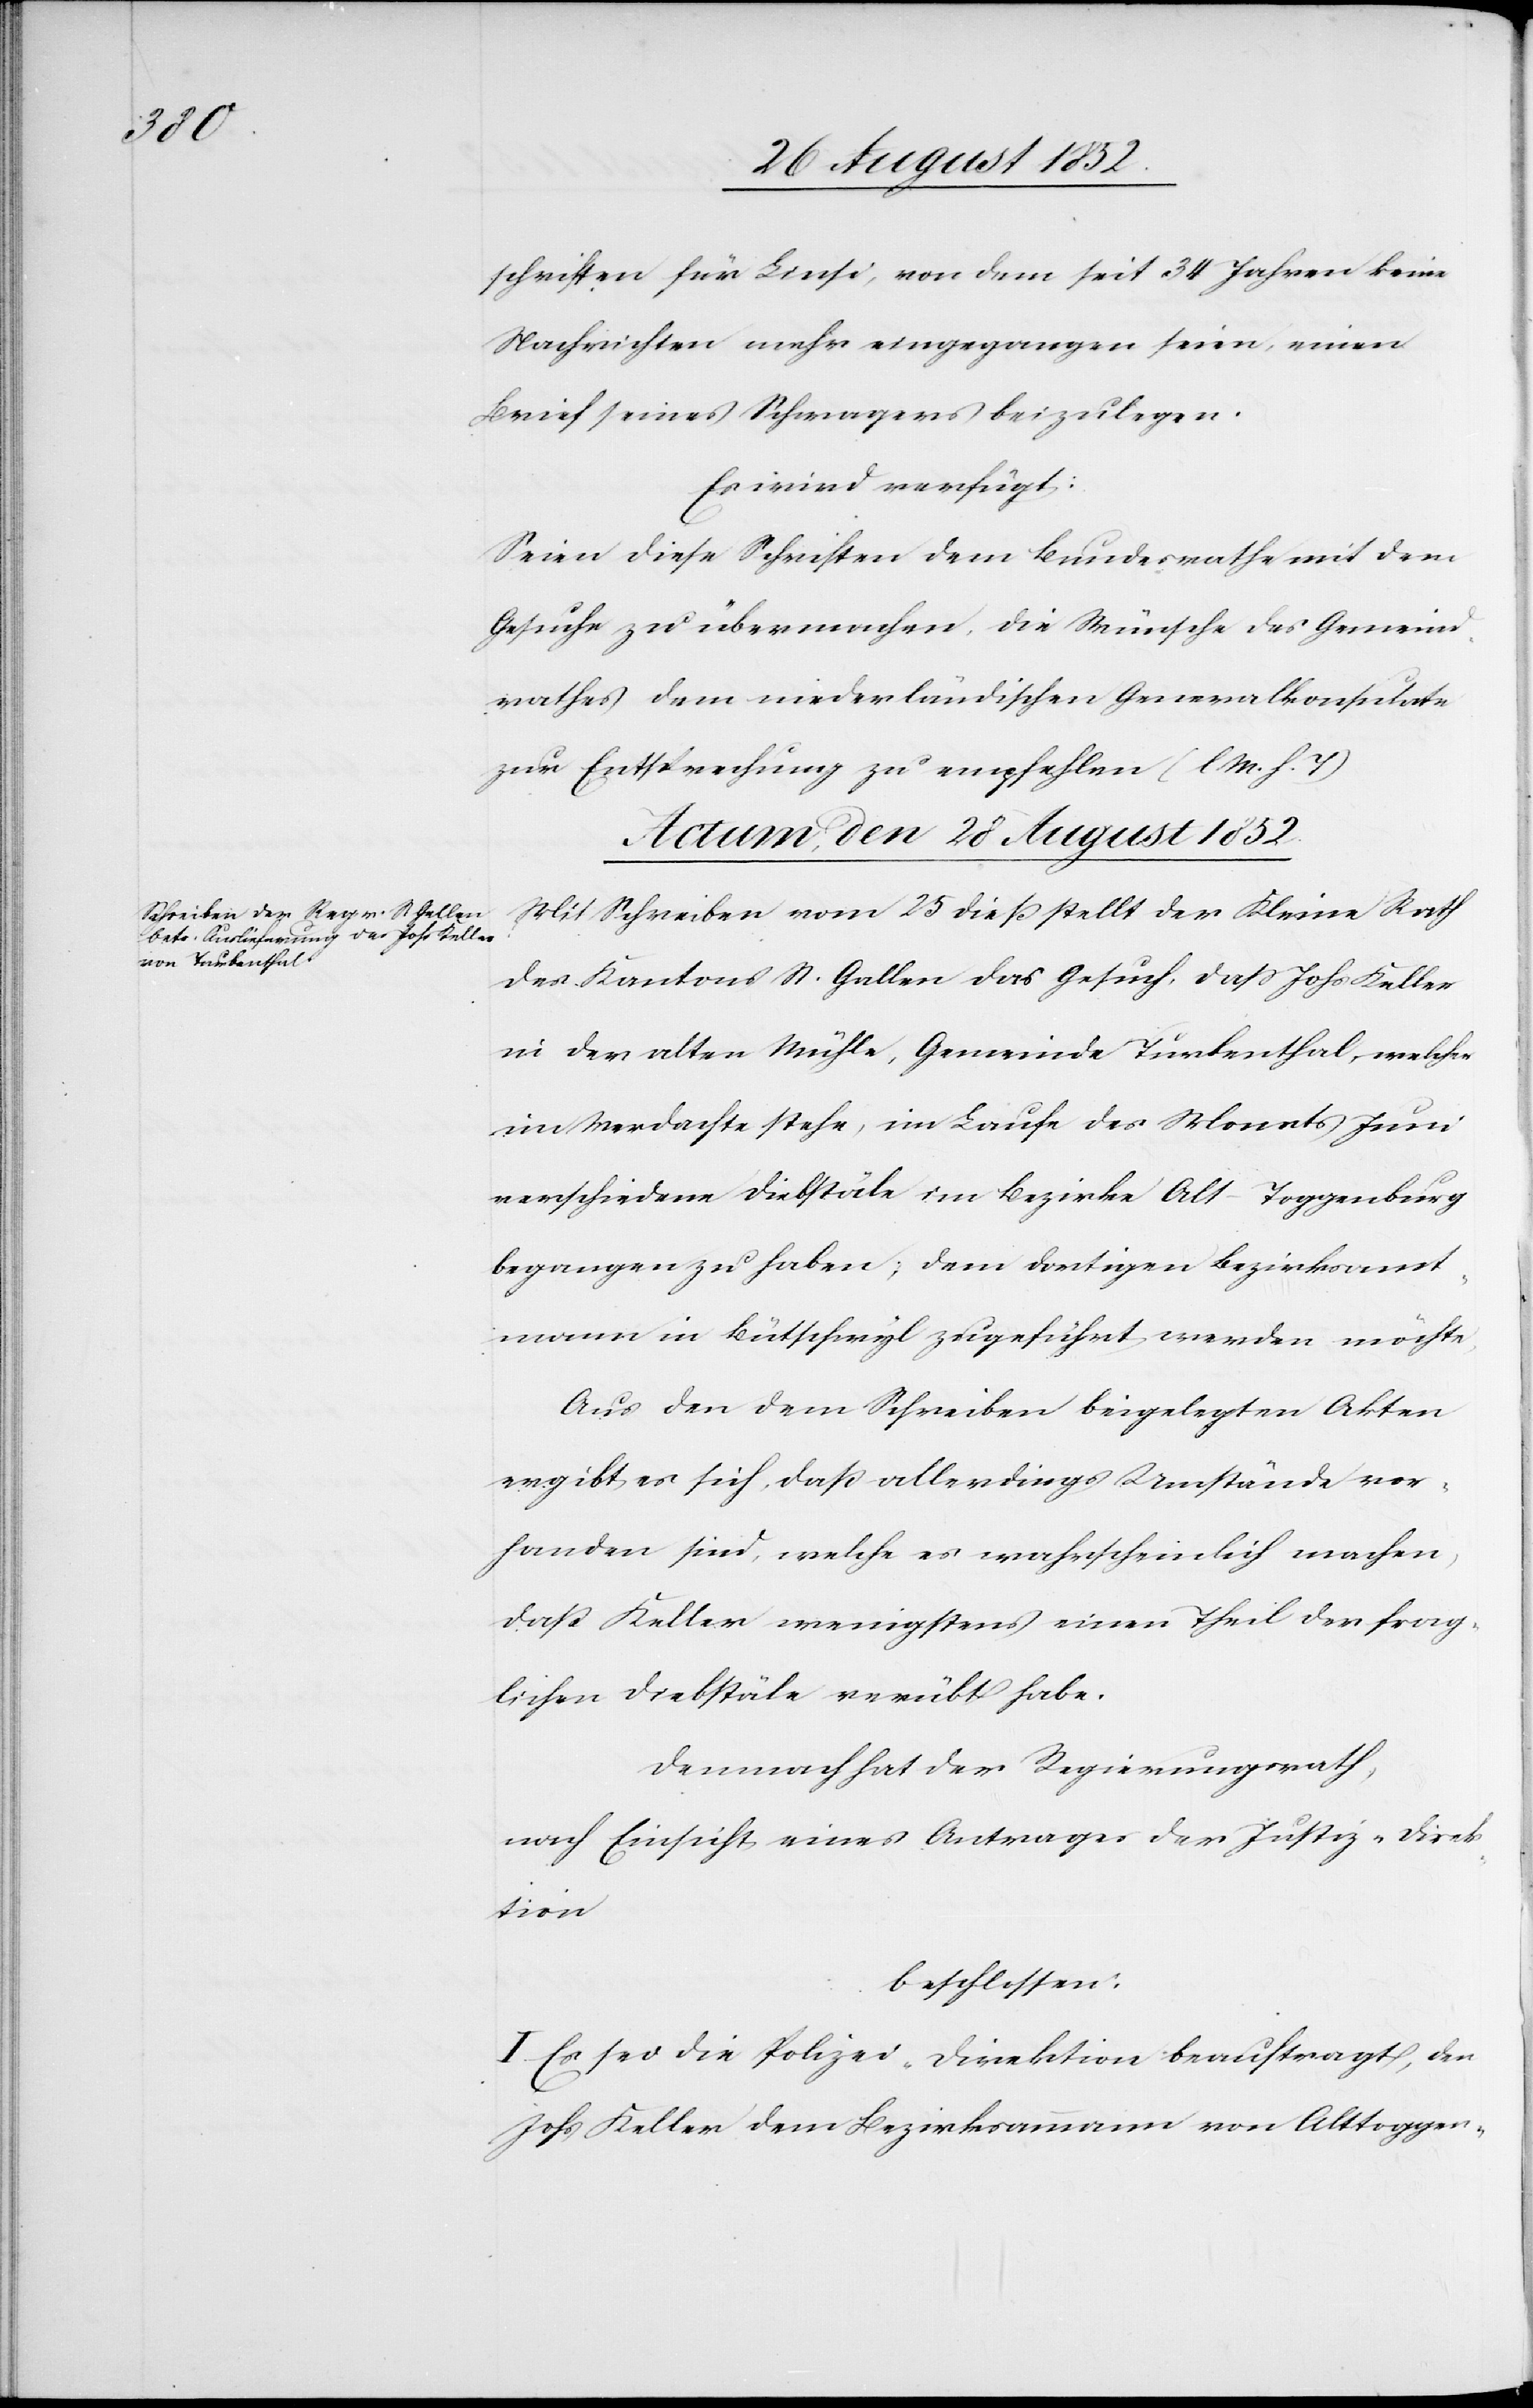
schriften für Linsi, von dem seit 34 Jahren keine
Nachrichten mehr eingegangen seien, einen
Brief seines Schwagers beizulegen.
Es wird verfügt:
Seien diese Schriften dem Bundesrathe mit dem
Gesuche zu übermachen, die Wünsche des Gemeind¬
rathes dem niederländischen Generalkonsulate
zur Entsprechung zu empfehlen (l M. h. T)[.]
Actum, den 28 August 1852.
Mit Schreiben vom 25 dieß stellt der Kleine Rath
des Kantons St. Gallen das Gesuch, daß Johs Keller
in der alten Mühle, Gemeinde Turbenthal, welcher
im Verdachte stehe, im Laufe des Monats Juni
verschiedene Diebstäle im Bezirke Alt-Toggenburg
begangen zu haben; dem dortigen Bezirksamt¬
mann in Bütschwyl zugeführt werden möchte,
Aus den dem Schreiben beigelegten Akten
ergibt es sich, daß allerdings Umstände vor¬
handen sind, welche es wahrscheinlich machen,
daß Keller wenigstens einen Theil der frag¬
lichen Diebstäle verübt habe.
Demnach hat der Regierungsrath,
nach Einsicht eines Antrages der Justiz-Direk¬
tion
beschlossen:
I. Es sei die Polizei-Direktion beauftragt, den
Johs Keller dem Bezirksammann von Alttoggen-